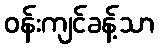
ဝန်းကျင်ခန့်သာ